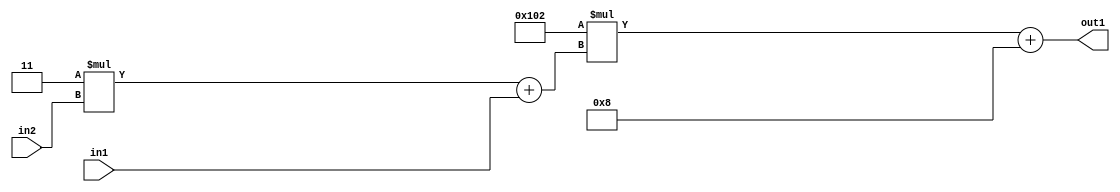
`timescale 1ps / 1ps
/*****************************************************************************
    Verilog RTL Description
    
    
    Created by: Stratus DpOpt 2019.1.01 
*******************************************************************************/

module DC_Filter_Add2i8Mul2i258Add2u1Mul2i3u2_1 (
	in2,
	in1,
	out1
	); /* architecture "behavioural" */ 
input [1:0] in2;
input  in1;
output [11:0] out1;
wire [11:0] asc001;
wire [3:0] asc002;

wire [3:0] asc002_tmp_0;
assign asc002_tmp_0 = 
	+(4'B0011 * in2);
assign asc002 = asc002_tmp_0
	+(in1);

wire [11:0] asc001_tmp_1;
assign asc001_tmp_1 = 
	+(12'B000100000010 * asc002);
assign asc001 = asc001_tmp_1
	+(12'B000000001000);

assign out1 = asc001;
endmodule

/* CADENCE  v7b2Sg0= : u9/ySgnWtBlWxVPRXgAZ4Og= ** DO NOT EDIT THIS LINE ******/